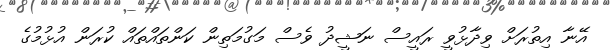
އޭނާ އިތުރަށް ވިދާޅުވީ ރައީސް ނަޝީދު ވެސް މަގުމަތިން ކަންތައްތައް ކުރަން އުޅުމުގެ